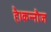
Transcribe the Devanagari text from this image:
है।कन्नौज